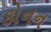
કોનન